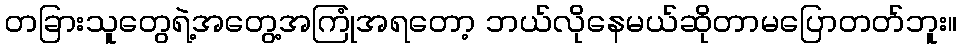
တခြားသူတွေရဲ့အတွေ့အကြုံအရတော့ ဘယ်လိုနေမယ်ဆိုတာမပြောတတ်ဘူး။